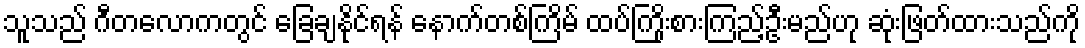
သူသည် ဂီတလောကတွင် ခြေချနိုင်ရန် နောက်တစ်ကြိမ် ထပ်ကြိုးစားကြည့်ဦးမည်ဟု ဆုံးဖြတ်ထားသည်ကို